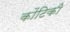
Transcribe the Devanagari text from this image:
कोंटिकी